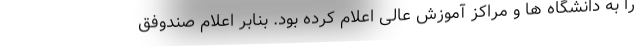
را به دانشگاه ها و مراکز آموزش عالی اعلام کرده بود. بنابر اعلام صندوفق